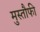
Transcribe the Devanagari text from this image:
मुस्तौफी